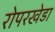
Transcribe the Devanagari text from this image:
रोपरखेडा